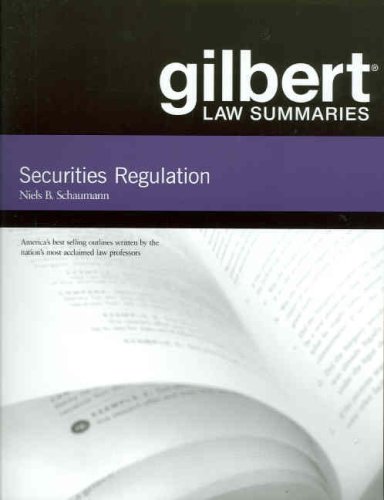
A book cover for Securities Regulation (Gilbert Law Summaries); Niels Schaumann; Law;